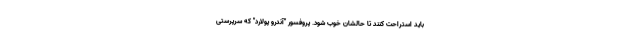
باید استراحت کنند تا حالشان خوب شود. پروفسور "آندرو پولارد" که سرپرستی